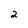
Character: 2